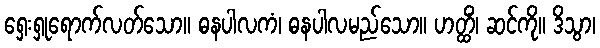
ရှေးရှုရောက်လတ်သော။ ဓနပါလကံ၊ ဓနပါလမည်သော။ ဟတ္ထိံ၊ ဆင်ကို။ ဒိသွာ၊